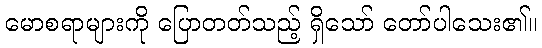
မောစရာများကို ပြောတတ်သည့် ရှိသော် တော်ပါသေး၏။